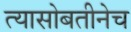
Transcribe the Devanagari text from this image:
त्यासोबतीनेच